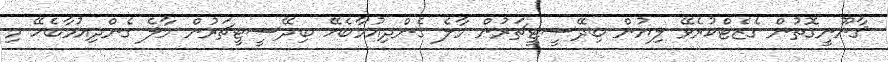
ޤާނޫނީގޮތުން ގެޒެޓްކުރެވޭ ލިޔުން ބިދޭސީޓީޗަރުން މާލެ ގެންދިއުމާބެހޭ ބިދޭސީޓީޗަރުން މާލެ ގެންދިއުމާބެހޭ މި